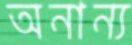
অনান্য